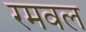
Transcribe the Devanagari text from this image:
रमवल